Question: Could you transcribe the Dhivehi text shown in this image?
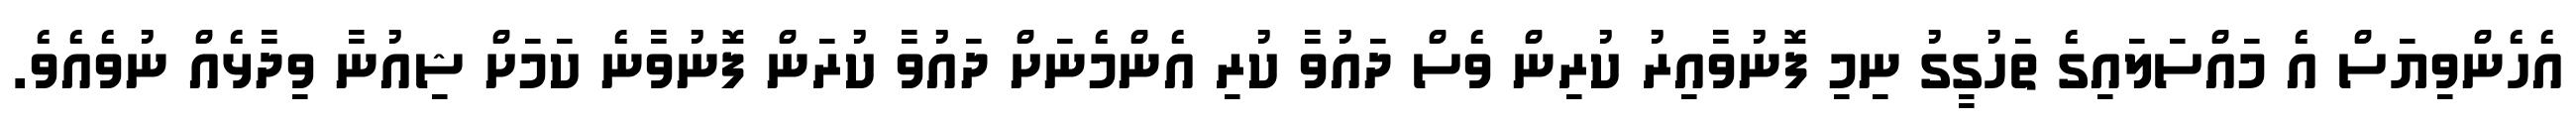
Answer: އެހެންވިޔަސް އެ މައްސަލައިގެ ތަހުގީގު ނިމި ފޮނުވާއިރު ކުރިން ވެސް ދައުވާ ކުރި އެންމެނަށް ދައުވާ ކުރަން ފޮނުވާނެ ކަމަށް ޝިއުނާ ވިދާޅެއް ނުވެއެވެ.